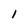
Character: 1